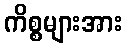
ကိစ္စများအား